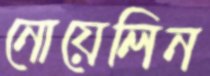
নোয়েলিন